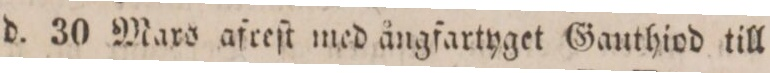
d. 30 Mars afreſt med ångfartyget Gauthiod till